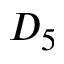
D _ { 5 }